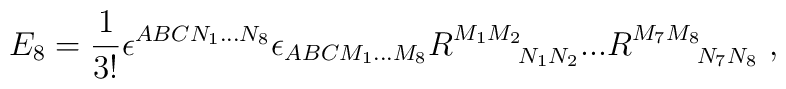
E_8 = {1\over 3!} \epsilon^{ABCN_1...N_8}\epsilon_{ABCM_1...M_8}R^{M_1M_2}_{~~~~~~N_1N_2} ... R^{M_7M_8}_{~~~~~~N_7N_8} \ ,